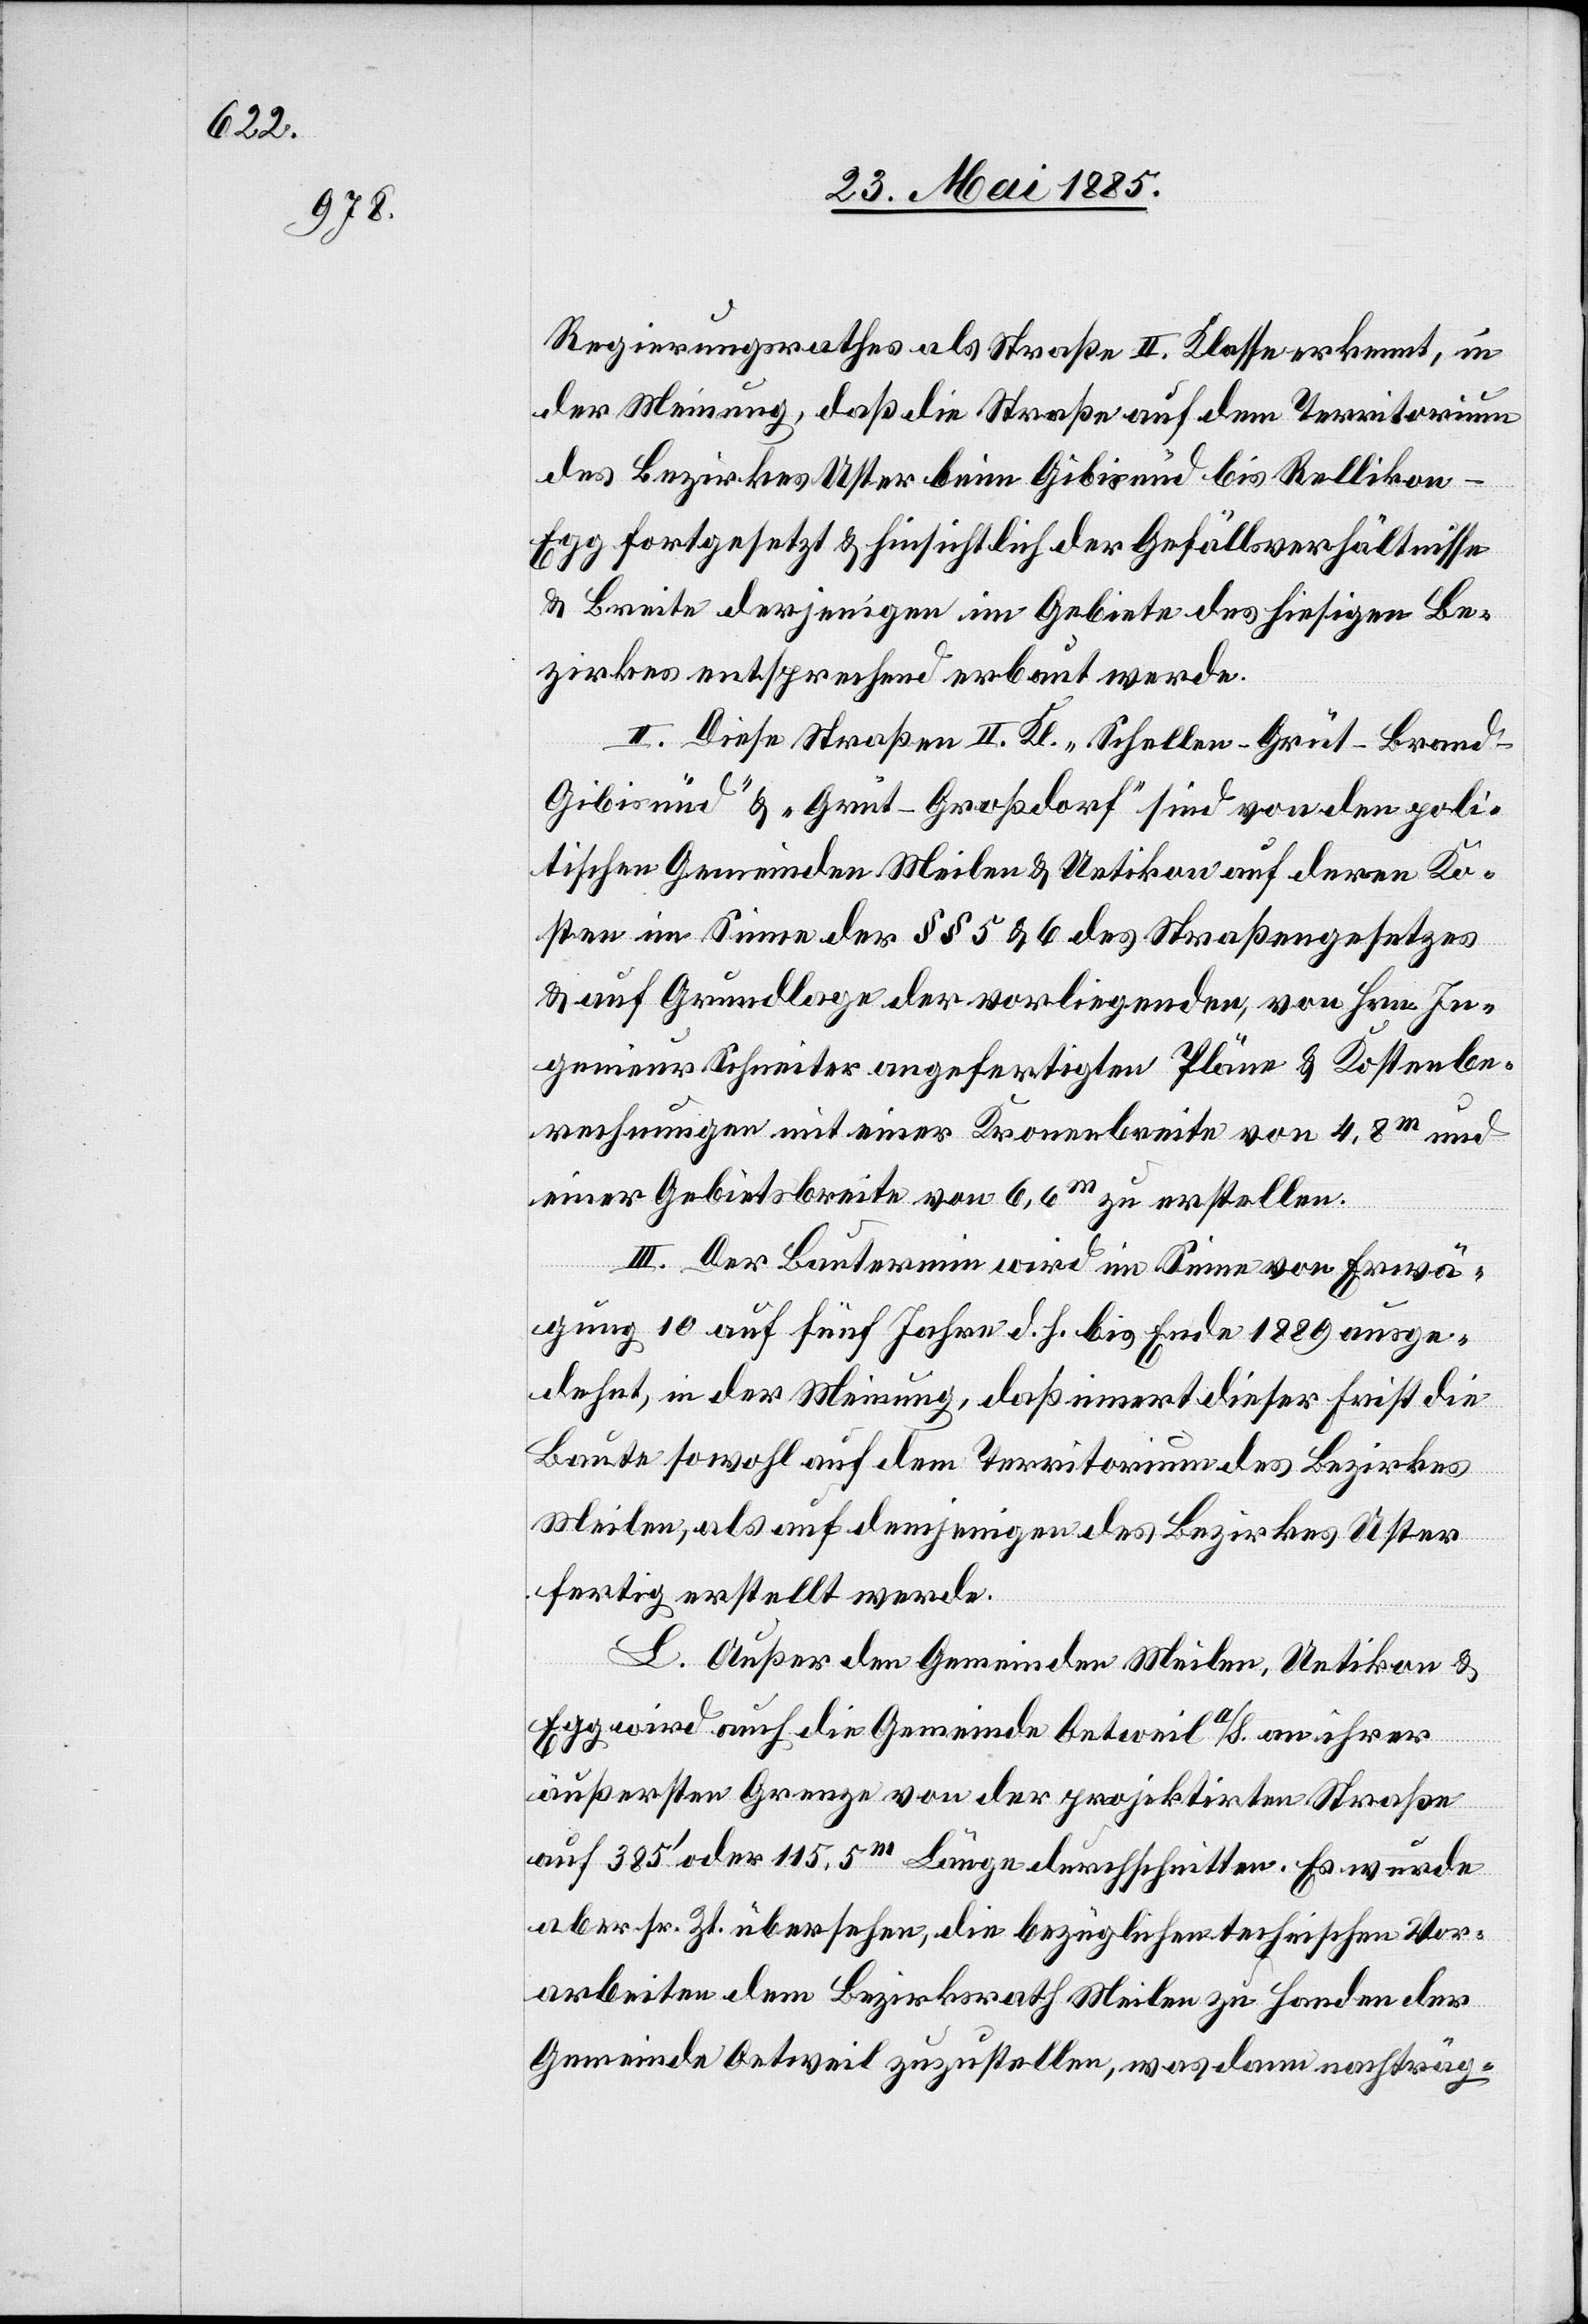
Regierungsrathes als Straße II. Klasse erkennt, in
der Meinung, daß die Straße auf dem Territorium
des Bezirkes Uster beim Gibisnüd bis Rellikon–E¬
gg fortgesetzt & hinsichtlich der Gefällsverhältnisse
& Breite derjenigen im Gebiete des hiesigen Be¬
zirkes entsprechend erbaut werde.
II. Diese Straßen II. Kl. „Schellen–Grüt–Bran¬
d–Gibisnüd“ & „Grüt–Großdorf“ sind von den poli¬
tischen Gemeinden Meilen & Uetikon auf deren Ko¬
sten im Sinne der §§ 5 & 6 des Straßengesetzes
& auf Grundlage der vorliegenden, von Hrn. In¬
genieur Schneiter angefertigten Pläne & Kostenbe¬
rechnungen mit einer Kronenbreite von 4,8 m und
einer Gebietsbreite von 6,6 m zu erstellen.
III. Der Bautermin wird im Sinne von Erwä¬
gung 10 auf fünf Jahre d. h. bis Ende 1889 ausge¬
dehnt, in der Meinung, daß innert dieser Frist die
Baute sowohl auf dem Territorium des Bezirkes
Meilen, als auf demjenigen des Bezirkes Uster
fertig erstellt werde.
L. Außer den Gemeinden Meilen, Uetikon &
Egg wird auch die Gemeinde Oetweil a/S. an ihrer
äußersten Grenze von der projektirten Straße
auf 385’ oder 115,5 m Länge durchschnitten. Es wurde
aber sr. Zt. übersehen, die bezüglichen technischen Vor¬
arbeiten dem Bezirksrath Meilen zu Handen der
Gemeinde Oetweil zuzustellen, was dann nachträg-